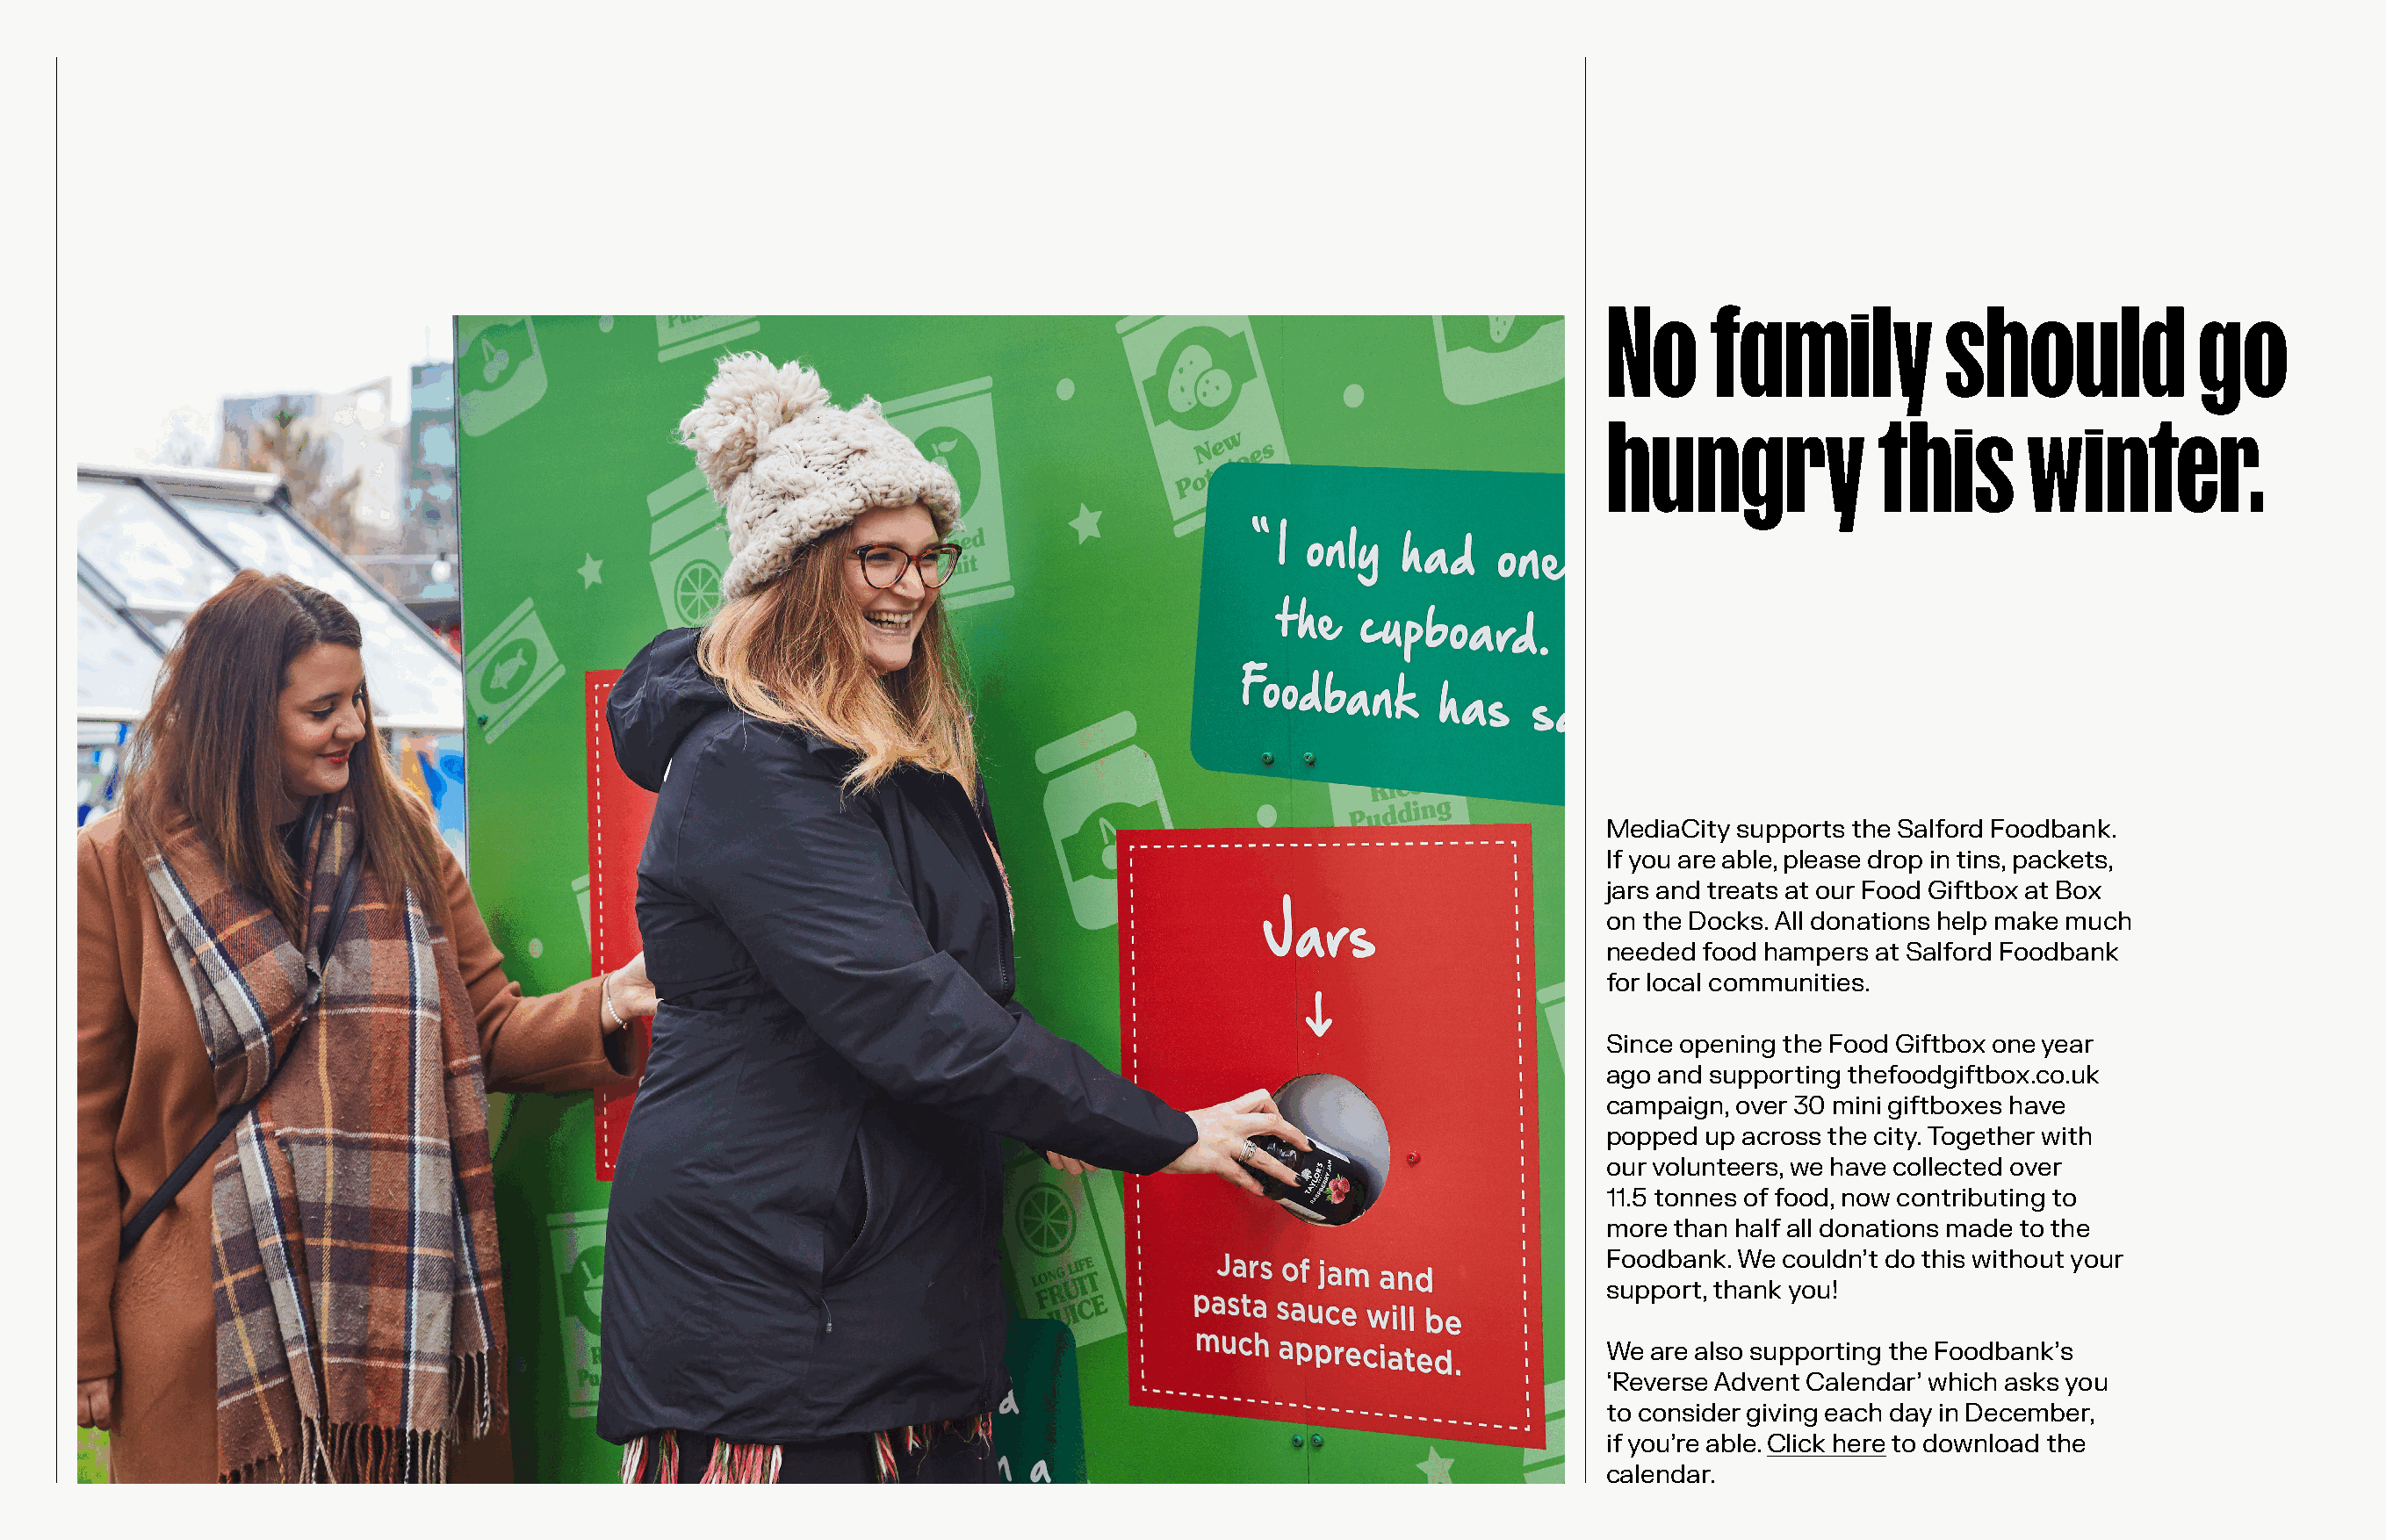
No      family            should             go
 hungry               this       winter.
 MediaCity supports the Salford Foodbank.
 If you are able, please drop in tins, packets,
 jars and treats at our Food Giftbox at Box
 on the Docks. All donations help make much
 needed food hampers at Salford Foodbank
 for local communities.
 Since opening the Food Giftbox one year
 ago and supporting thefoodgiftbox.co.uk
 campaign, over 30 mini giftboxes have
 popped up across the city. Together with
 our volunteers, we have collected over
 11.5 tonnes of food, now contributing to
 more than half all donations made to the
 Foodbank. We couldn’t do this without your
 support, thank you!
 We are also supporting the Foodbank’s
 ‘Reverse Advent Calendar’ which asks you
 to consider giving each day in December,
 if you’re able. Click here to download the
 calendar.